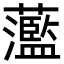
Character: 蘫